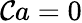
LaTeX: \mathcal{C}a=0